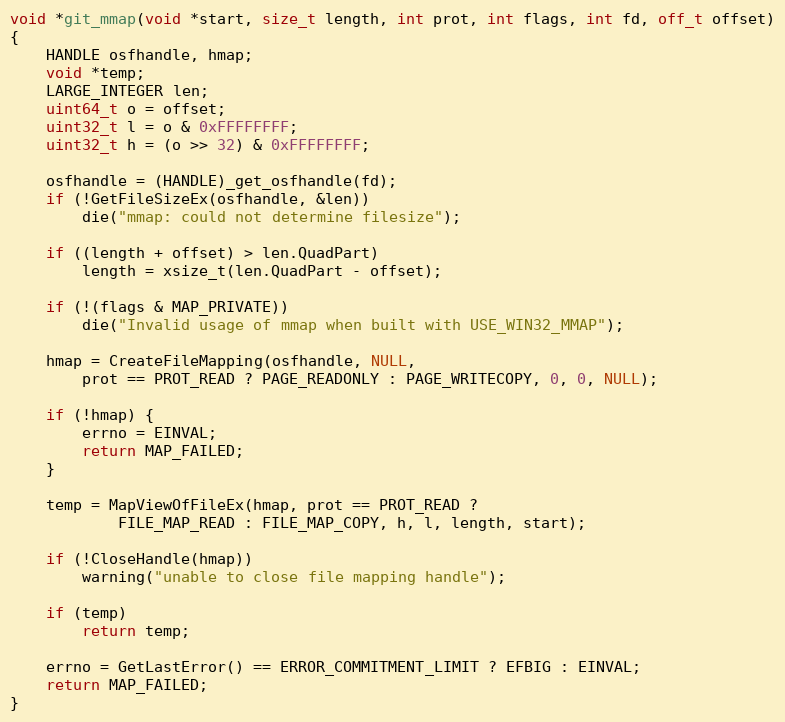
Language: C
void *git_mmap(void *start, size_t length, int prot, int flags, int fd, off_t offset)
{
	HANDLE osfhandle, hmap;
	void *temp;
	LARGE_INTEGER len;
	uint64_t o = offset;
	uint32_t l = o & 0xFFFFFFFF;
	uint32_t h = (o >> 32) & 0xFFFFFFFF;

	osfhandle = (HANDLE)_get_osfhandle(fd);
	if (!GetFileSizeEx(osfhandle, &len))
		die("mmap: could not determine filesize");

	if ((length + offset) > len.QuadPart)
		length = xsize_t(len.QuadPart - offset);

	if (!(flags & MAP_PRIVATE))
		die("Invalid usage of mmap when built with USE_WIN32_MMAP");

	hmap = CreateFileMapping(osfhandle, NULL,
		prot == PROT_READ ? PAGE_READONLY : PAGE_WRITECOPY, 0, 0, NULL);

	if (!hmap) {
		errno = EINVAL;
		return MAP_FAILED;
	}

	temp = MapViewOfFileEx(hmap, prot == PROT_READ ?
			FILE_MAP_READ : FILE_MAP_COPY, h, l, length, start);

	if (!CloseHandle(hmap))
		warning("unable to close file mapping handle");

	if (temp)
		return temp;

	errno = GetLastError() == ERROR_COMMITMENT_LIMIT ? EFBIG : EINVAL;
	return MAP_FAILED;
}